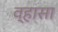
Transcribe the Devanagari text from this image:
व्हासा